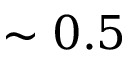
\sim 0 . 5